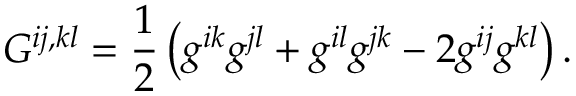
G ^ { i j , k l } = \frac { 1 } { 2 } \left( g ^ { i k } g ^ { j l } + g ^ { i l } g ^ { j k } - 2 g ^ { i j } g ^ { k l } \right) .